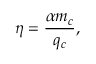
\eta = \frac { \alpha m _ { c } } { q _ { c } } ,